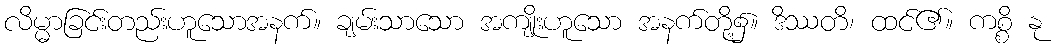
လိမ္မာခြင်းတည်းဟူသောအနက်။ ချမ်းသာသော အကျိုးဟူသော အနက်တို့၌။ ဒိဿတိ၊ ထင်၏။ ကစ္စိ နု